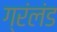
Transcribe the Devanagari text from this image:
ग्रंलंड